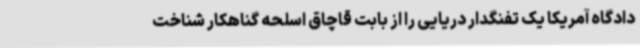
دادگاه آمریکا یک تفنگدار دریایی را از بابت قاچاق اسلحه گناهکار شناخت